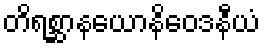
တိရစ္ဆာနယောနိဝေဒနီယံ